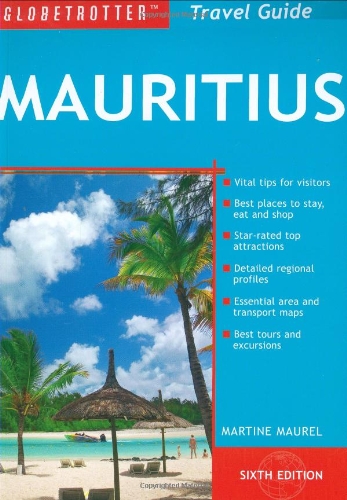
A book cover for Mauritius Travel Pack (Globetrotter Travel Packs); Martine Maurel; Travel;